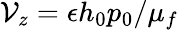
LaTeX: \mathcal{V}_{z}={\epsilon h_{0}p_{0}}/{\mu_{f}}